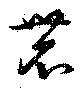
農